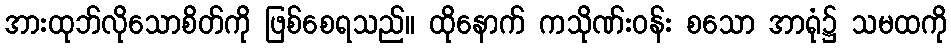
အားထုဘ်လိုသောစိတ်ကို ဖြစ်စေရသည်။ ထိုနောက် ကသိုဏ်းဝန်း စသော အာရုံ၌ သမထကို